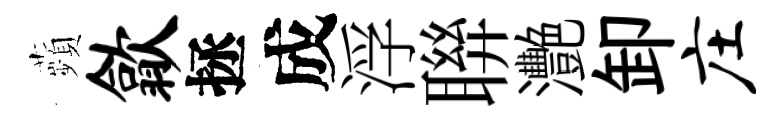
蘋歙拯成浮聨灧卸庄